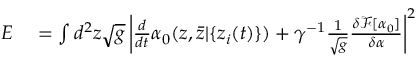
\begin{array} { r l } { E } & { { } = \int d ^ { 2 } z \sqrt { g } \left| \frac { d } { d t } \alpha _ { 0 } ( z , { \bar { z } } | \{ z _ { i } ( t ) \} ) + \gamma ^ { - 1 } \frac { 1 } { \sqrt { g } } \frac { \delta \mathcal F [ \alpha _ { 0 } ] } { \delta \alpha } \right| ^ { 2 } } \end{array}